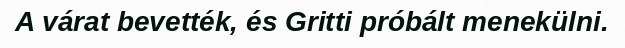
A várat bevették, és Gritti próbált menekülni.